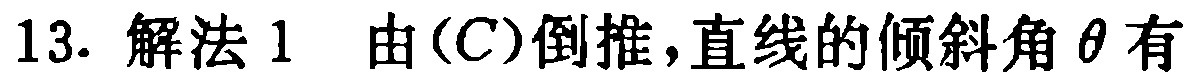
13. 解法1 由(C)倒推,直线的倾斜角$\theta$有